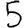
Digit: 5